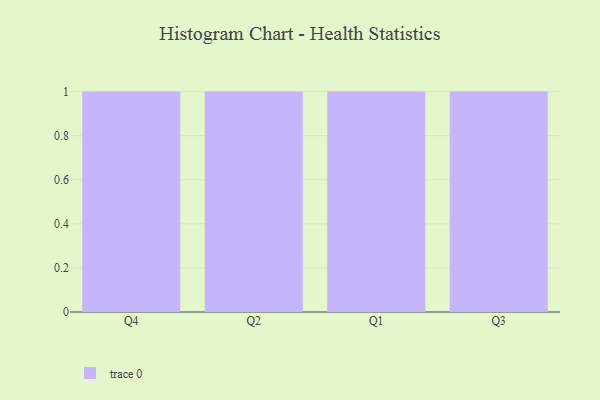
{"axis": {"x": "Quarter", "y": "Backlog"}, "legend": [""], "data": [{"x": "Q4", "y": 73, "type": ""}, {"x": "Q2", "y": 82, "type": ""}, {"x": "Q1", "y": 82, "type": ""}, {"x": "Q3", "y": 38, "type": ""}]}